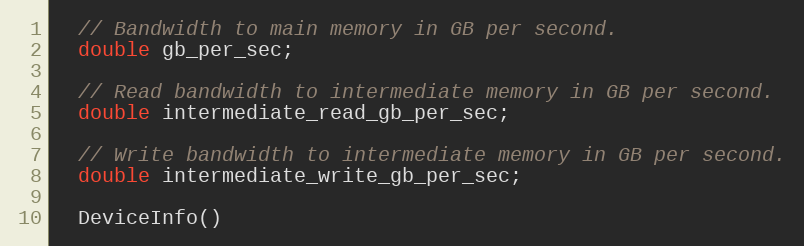
Language: C
  // Bandwidth to main memory in GB per second.
  double gb_per_sec;

  // Read bandwidth to intermediate memory in GB per second.
  double intermediate_read_gb_per_sec;

  // Write bandwidth to intermediate memory in GB per second.
  double intermediate_write_gb_per_sec;

  DeviceInfo()